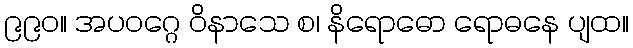
၉၉၀။ အပဝဂ္ဂေ ဝိနာသေ စ၊ နိရောဓော ရောဓနေ ပျထ။